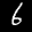
Label: 6